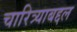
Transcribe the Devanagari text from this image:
चारित्र्याबद्दल